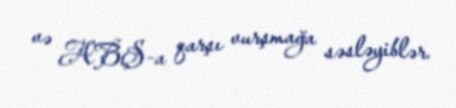
və ABŞ-a qarşı vurşmağa səsləyiblər.